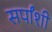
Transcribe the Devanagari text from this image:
सर्पांशी